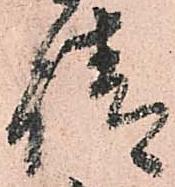
請